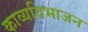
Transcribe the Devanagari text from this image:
काव्यविभाजन